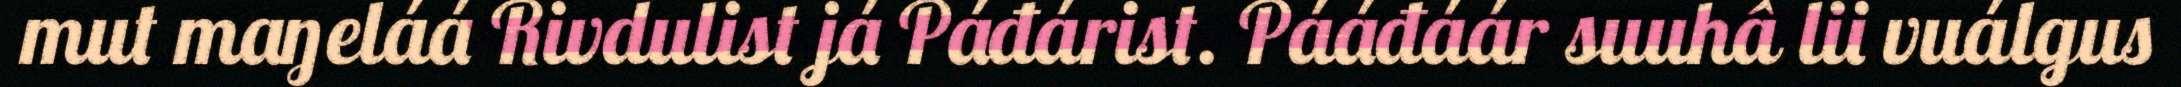
mut maŋeláá Rivdulist já Páđárist. Pááđáár suuhâ lii vuálgus